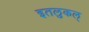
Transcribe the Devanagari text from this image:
इतलुकल्